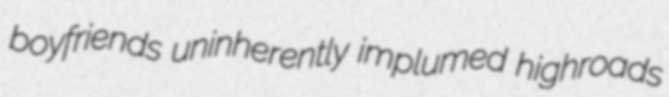
boyfriends uninherently implumed highroads